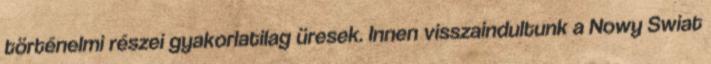
történelmi részei gyakorlatilag üresek. Innen visszaindultunk a Nowy Swiat